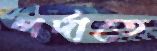
পর্দাতে